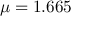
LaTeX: \mu = 1 . 6 6 5